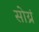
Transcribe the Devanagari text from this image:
सोय्रं